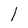
Character: 1